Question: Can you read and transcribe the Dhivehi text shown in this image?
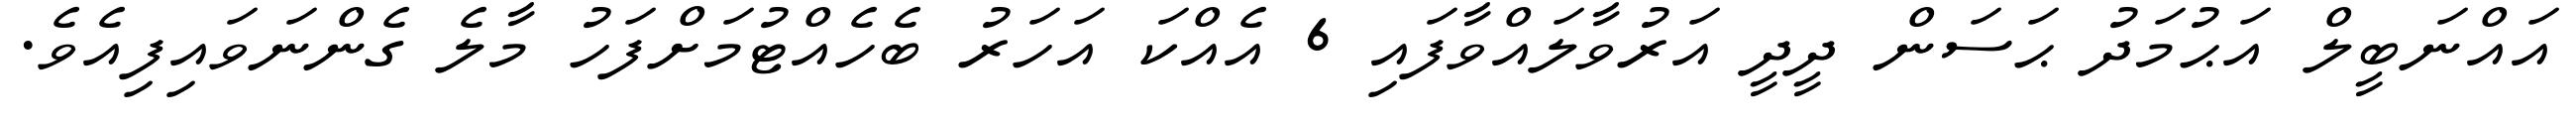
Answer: އައްނަބީލް އަޙުމަދު ޙަސަން ދީދީ އަރުވާލައްވާފައި 6 އެއްކަ އަހަރު ބެހެއްޓުމަށްފަހު މާލެ ގެންނަވައިފިއެވެ.